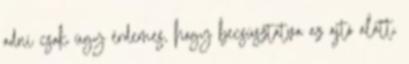
adni csak úgy érdemes, hogy becsúsztatva az ajtó alatt,